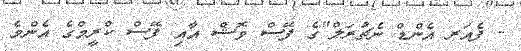
- ފެއަރ އެންޑް ނެޗުރަލް"ގެ ފޭސް ވޮޝް އާއި ފޭސް ކްރީމްގެ އެންމެ